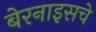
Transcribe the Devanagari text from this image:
बेरनाइसचे